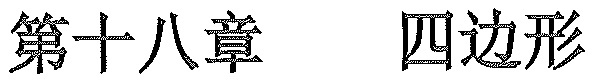
第十八章  四边形